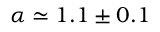
\alpha \simeq 1 . 1 \pm 0 . 1